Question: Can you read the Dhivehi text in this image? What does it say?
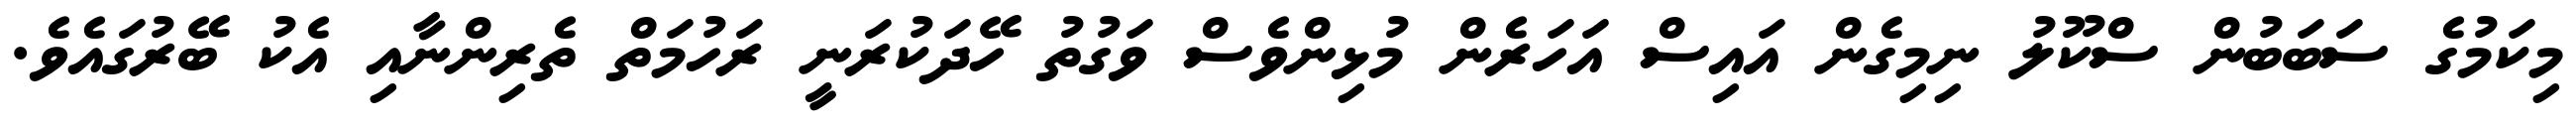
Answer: މިކަމުގެ ސަބަބުން ސްކޫލު ނިމިގެން އައިސް އަހަރެން މުޅިންވެސް ވަގުތު ހޭދަކުރަނީ ރަހުމަތް ތެރިންނާއި އެކު ބޭރުގައެވެ.